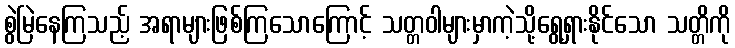
စွဲမြဲနေကြသည့် အရာများဖြစ်ကြသောကြောင့် သတ္တဝါများမှာကဲ့သို့ရွေ့ရှားနိုင်သော သတ္တိကို